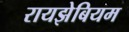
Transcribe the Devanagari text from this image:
रायझेबियम